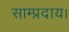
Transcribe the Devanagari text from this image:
साम्प्रदाय।